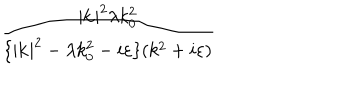
\frac { | \mathbf { k } | ^ { 2 } \lambda k _ { 0 } ^ { 2 } } { \{ | \mathbf { k } | ^ { 2 } - \lambda k _ { 0 } ^ { 2 } - i \varepsilon \} ( k ^ { 2 } + i \varepsilon ) }